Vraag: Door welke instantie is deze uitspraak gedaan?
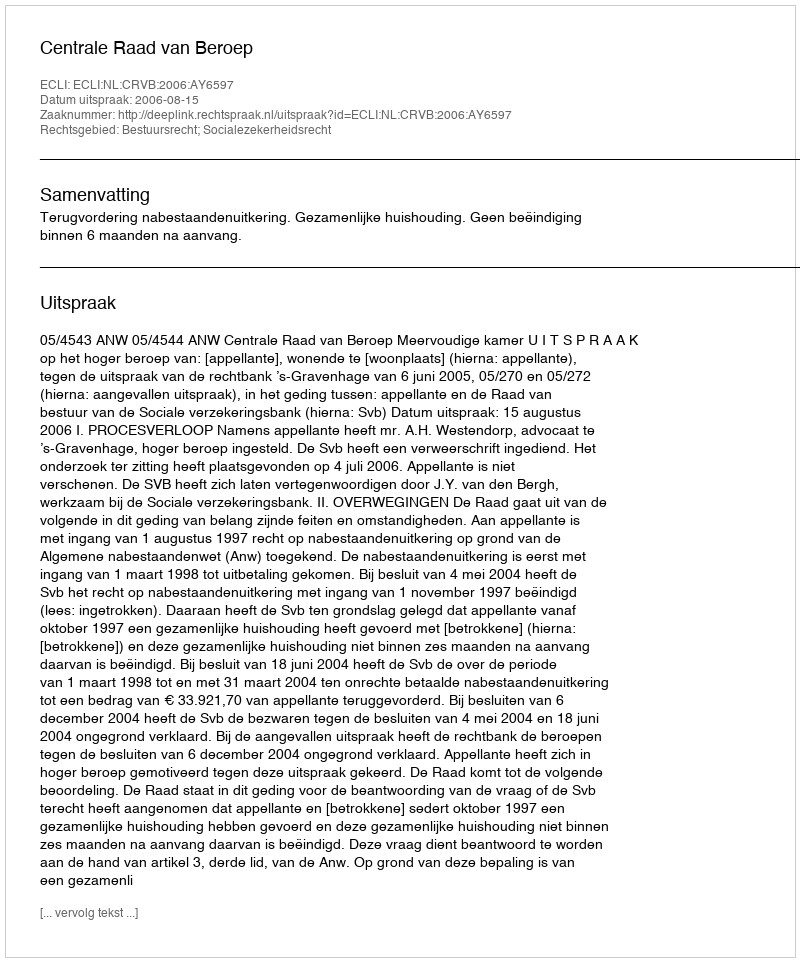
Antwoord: Centrale Raad van Beroep